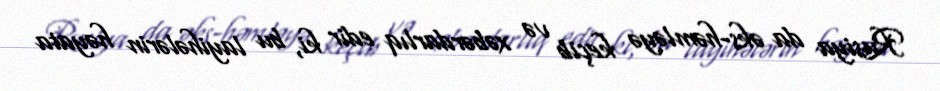
Rusiya da əks-həmləyə keçib və xəbərdarlıq edir ki, bu layihələrin həyata